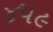
૪૫૯